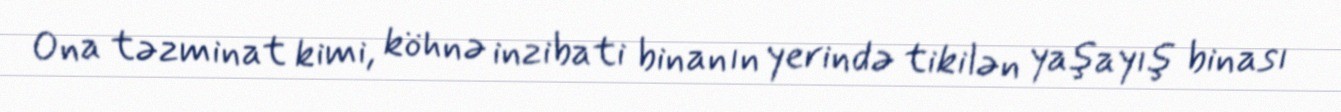
Ona təzminat kimi, köhnə inzibati binanın yerində tikilən yaşayış binası